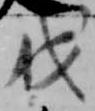
伐